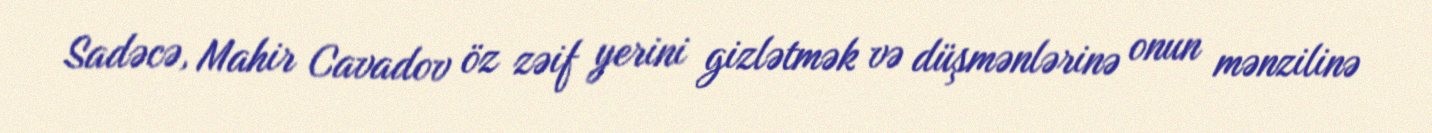
Sadəcə, Mahir Cavadov öz zəif yerini gizlətmək və düşmənlərinə onun mənzilinə